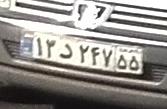
۱۳د۲۴۷۵۵